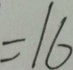
= 1 6